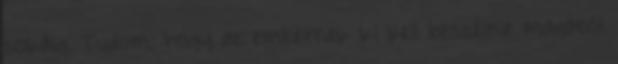
sokáig. Tudom, hogy az embernek ki kell beszélnie magából